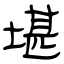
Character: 堪